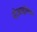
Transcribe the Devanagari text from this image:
नोआइलिस